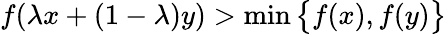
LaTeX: f(\lambda x+(1-\lambda)y)>\operatorname*{min}{\big\{ }f(x),f(y){\big\} }